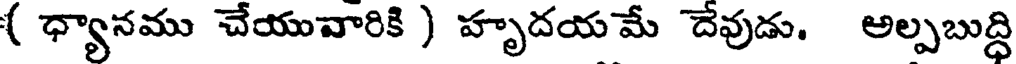
( ధ్యానము చేయువారికి ) హృదయ మే దేవుడు. అల్పబుద్ధి